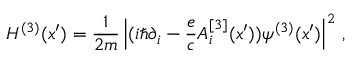
{ \cal H } ^ { ( 3 ) } ( x { ' } ) = { \frac { 1 } { 2 m } } \left| ( i \hbar \partial _ { i } - { \frac { e } { c } } A _ { i } ^ { [ 3 ] } ( x { ' } ) ) \psi ^ { ( 3 ) } ( x { ' } ) \right| ^ { 2 } \, ,